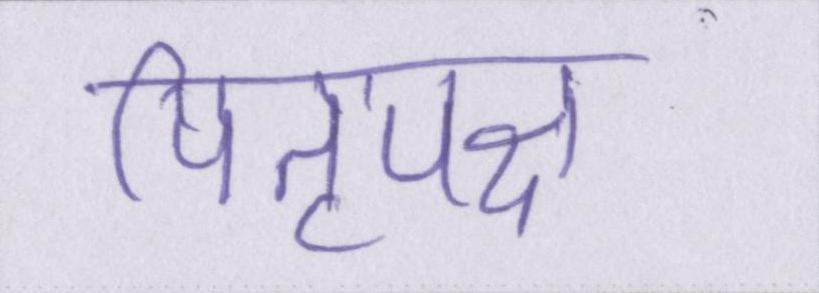
पितृपक्ष